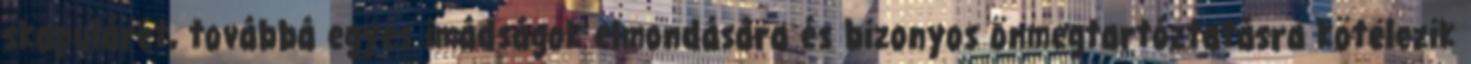
skapulárét, továbbá egyes imádságok elmondására és bizonyos önmegtartóztatásra kötelezik